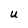
Character: U